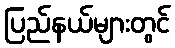
ပြည်နယ်များတွင်